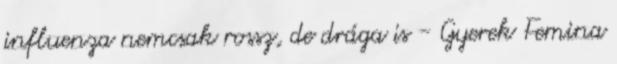
influenza nemcsak rossz, de drága is - Gyerek Femina